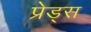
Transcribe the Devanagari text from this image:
प्रेड्स